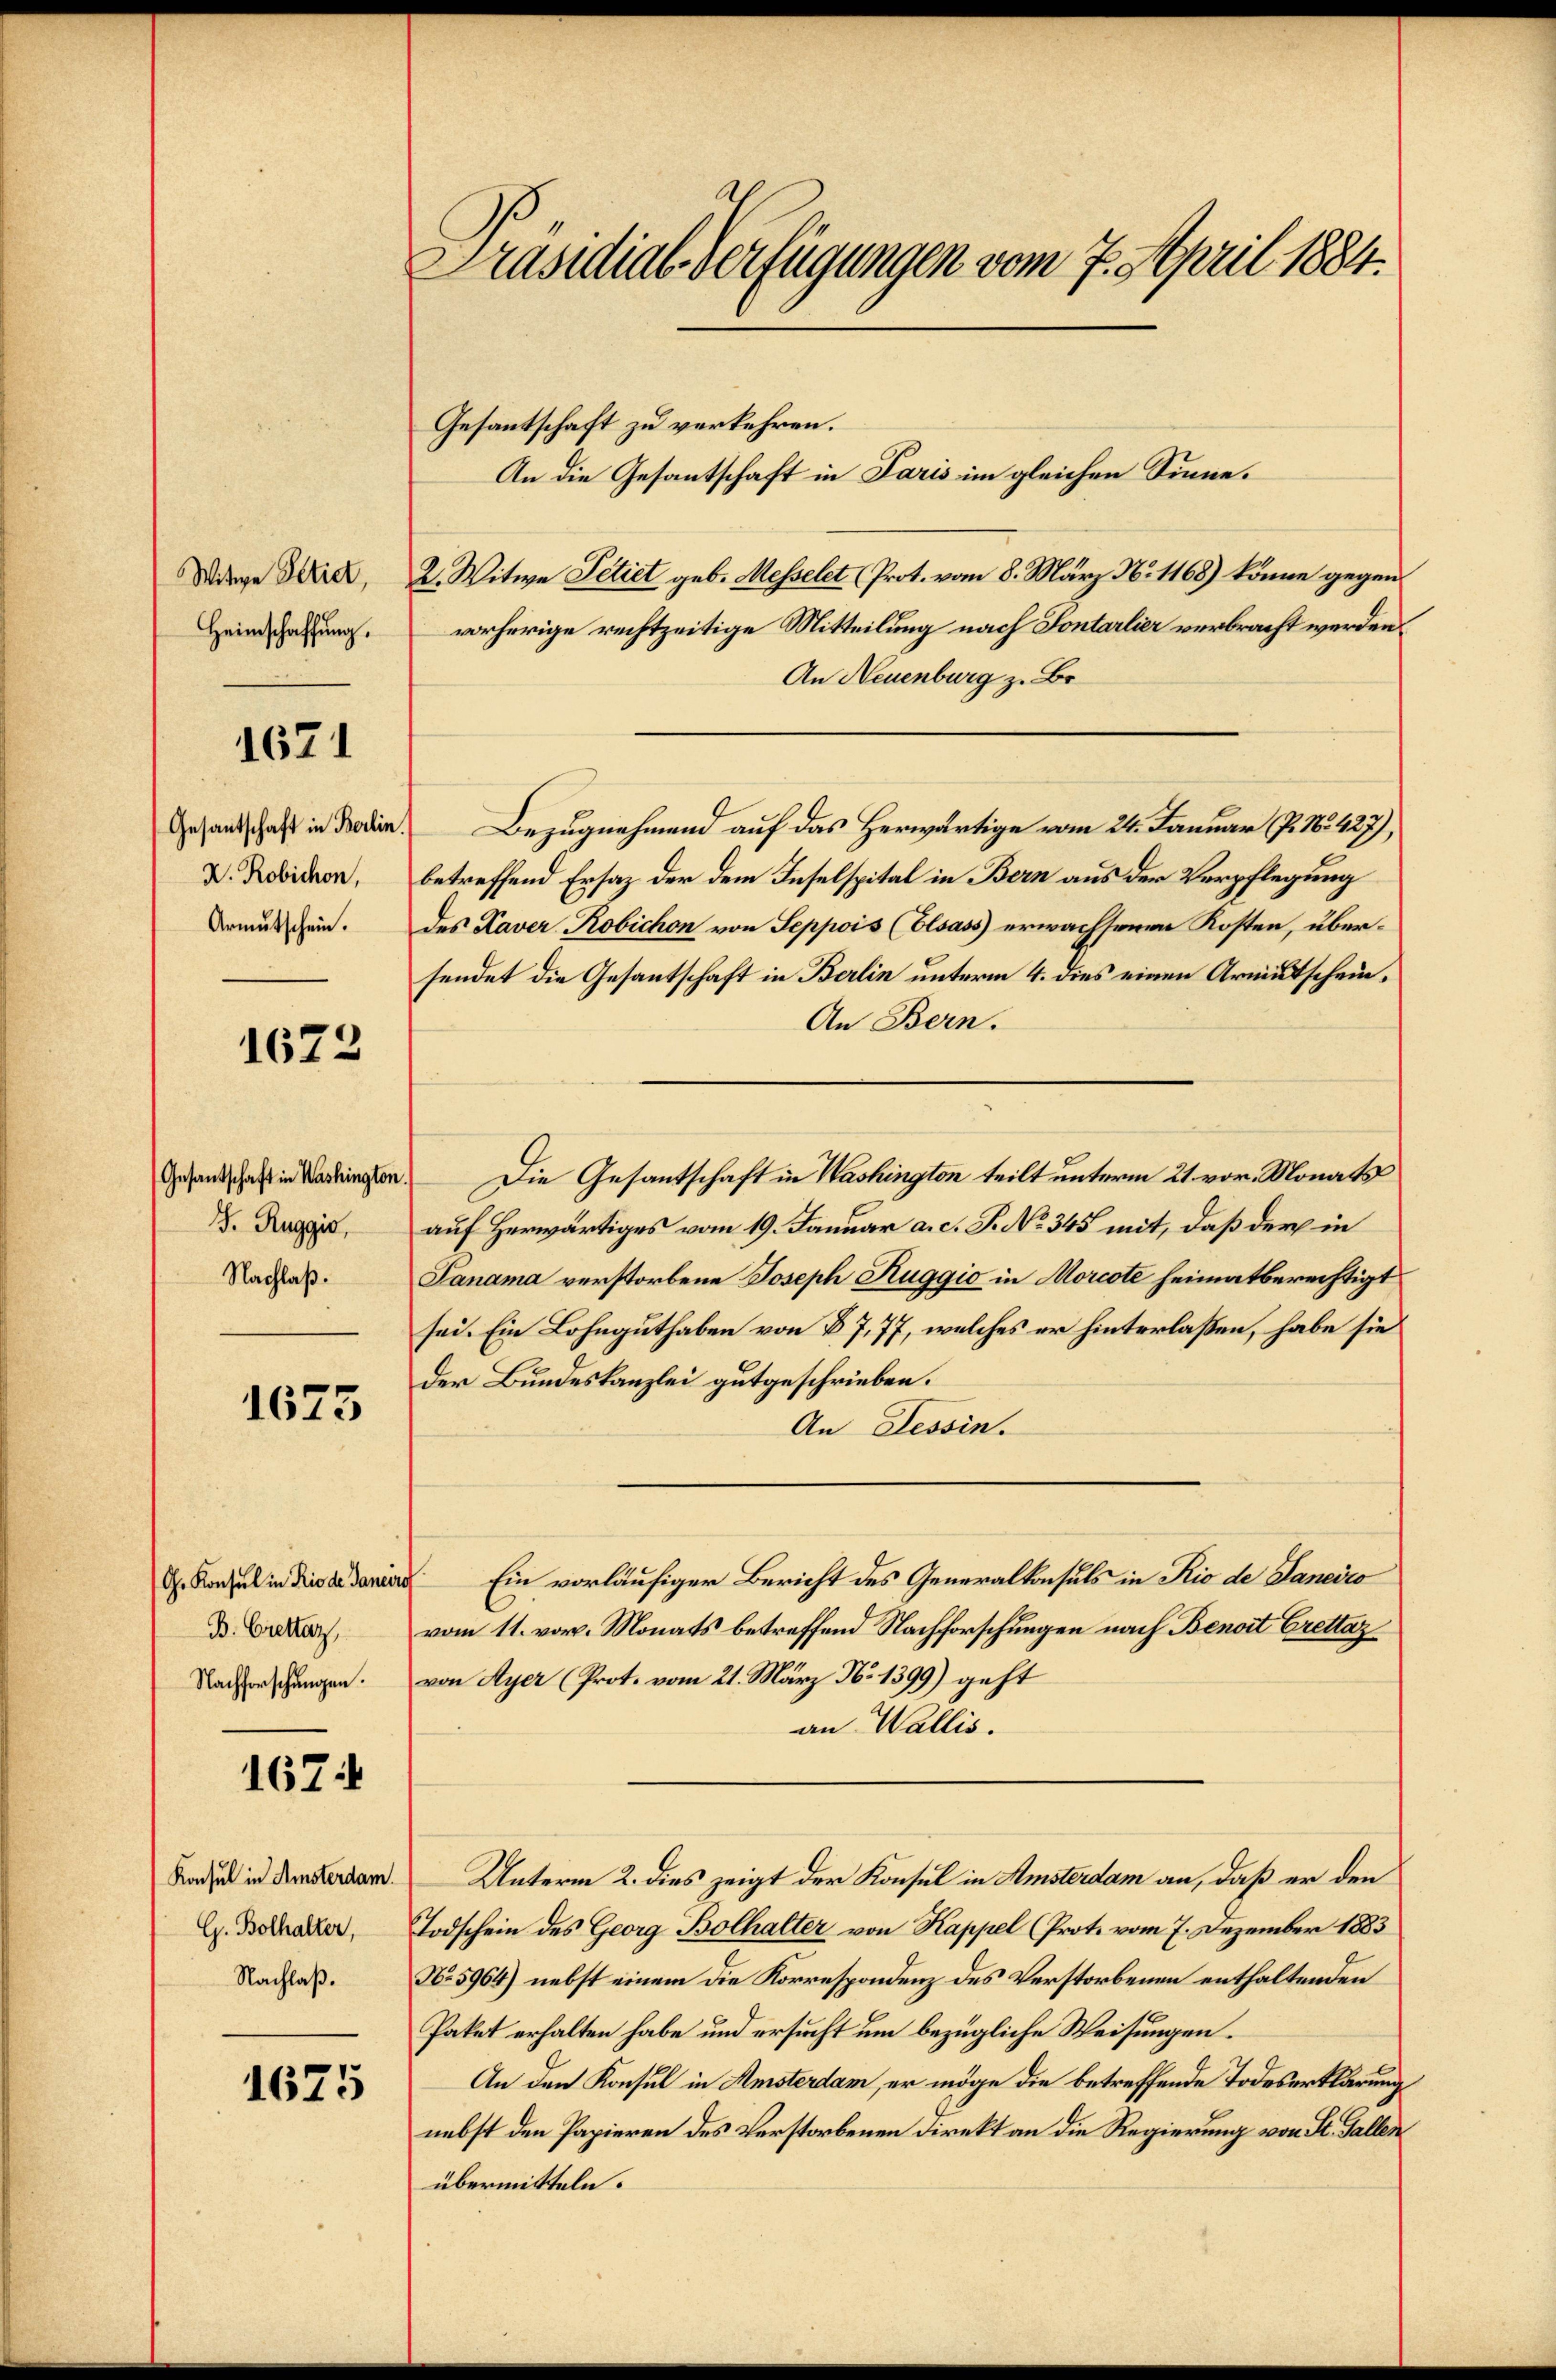
Witwe Petict,
Heimschaffung.

1671

Gesandtschaft in Berlin.
X. Robichon,
Armutschein.

1622

Gesantschaft in Washington.
J. Ruggis,
Nachlaß.

1673

B. Crettaz
Nachforschungen.

1674

Konsul in Amsterdam.
G. Bolhalter,
Nachlaß.

1675

Präsidial-Verfügungen vom 7. April 1884.

Gesantschaft zu verkehren.
An die Gesantschaft in Paris im gleichen Sinne.
2. Witwe Pétiet geb. Messelet (Prot. vom 8. März N. 1168) könne gegen
vorherige rechtzeitige Mitteilung nach Sontarlier verbracht werden.
An Neuenburg z. Br
Bezugnehmend auf das Herwärtige vom 24. Januar (P. Nr. 427),
betreffend Ersatz der dem Inselspital in Bern aus der Verpflegung
des Kaver Robichon von Seppois (Elsass erwachsenen Kosten, übersendet die Gesantschaft in Berlin unterm 4. dies einen Armutschein¬
An Bern.
auf herwärtiges vom 19. Januar a. c. P. No 345 mit, daß der in
Janama verstorbene Joseph Kuggio in Morcote heimatberechtigt
sei. Ein Lohnguthaben von § 7, 77, welches er hinterlaßen, habe sie
Der Bundeskanzlei gutgeschrieben.
An Tessin.
. Konsul in die darin Ein vorläufiger Bericht des Generalkonsuls in Rio de Janeico
vom 11. vor. Monats betreffend Nachforschungen nach Benoit Crettaz
von Ayer (Prot. vom 21. März No 1399) geht
an Wallis.
Unterm 2. dies zeigt der Konsul in Amsterdam an, daß er den
Todschein des Georg Bolhalter von Kappel (Prot. vom 7. Dezember 1883
No 5964) nebst einem die Korrespondenz des Verstorbenen enthaltenden
Paket erhalten habe und ersucht um bezügliche Weisungen.
An den Konsul in Amsterdam, er möge die betreffende Todeserklärung
nebst den Papieren des Verstorbenen Direkt an die Regierung von St. Gallen
übermitteln.

Die Gesantschaft in Washington teilt unterm 21. vor. Monats